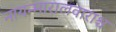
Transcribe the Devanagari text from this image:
नायन्मारालवाराश्च